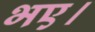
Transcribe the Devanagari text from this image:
भए।